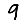
Digit: 9